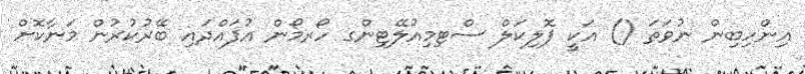
އިންހިބިން ނުވަތަ () އަކީ ފޮލިކަލް ސްޓިމިއުލޭޓިންގ ހޯރމޯން އުފައްދައި ބޭރުކުރުން މަނާކޮށް